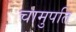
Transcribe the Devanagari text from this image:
चामुपति